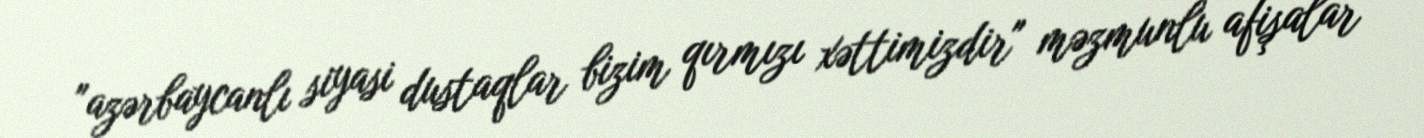
"azərbaycanlı siyasi dustaqlar bizim qırmızı xəttimizdir" məzmunlu afişalar